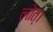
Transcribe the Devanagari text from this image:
लोत्।